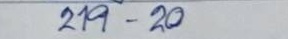
219 - 20